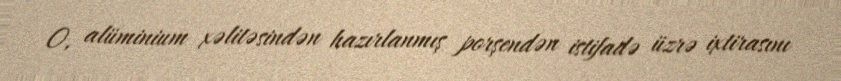
O, alüminium xəlitəsindən hazırlanmış porşendən istifadə üzrə ixtirasını